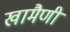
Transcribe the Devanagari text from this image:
खामैणी